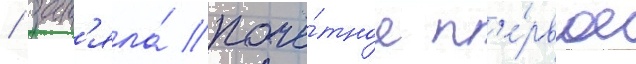
/ зан'яла́ почё́тное п'е́рвое